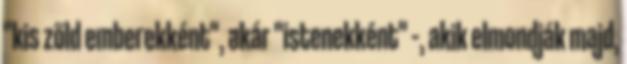
"kis zöld emberekként", akár "istenekként" –, akik elmondják majd,